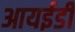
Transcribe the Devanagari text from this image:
आयईडी